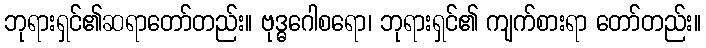
ဘုရားရှင်၏ဆရာတော်တည်း။ ဗုဒ္ဓဂေါစရော၊ ဘုရားရှင်၏ ကျက်စားရာ တော်တည်း။